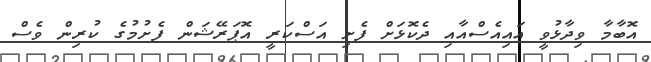
އޮބާމާ ވިދާޅުވީ އައިއެސްއާއި ދެކޮޅަށް ފެށި އަސްކަރީ އޮޕަރޭޝަން ފެށުމުގެ ކުރިން ވެސް